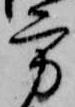
方